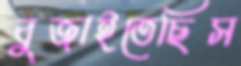
বুজাইতেছিস